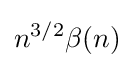
n^{3/2}\beta (n)